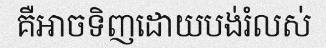
គឺអាចទិញដោយបង់រំលស់